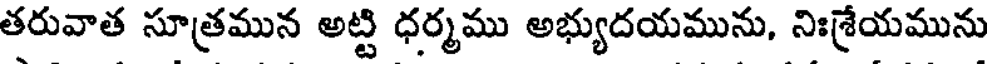
తరువాత సూత్రమున అట్టి ధర్మము అభ్యుదయమును, నిఃశ్రేయమును